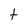
Character: t